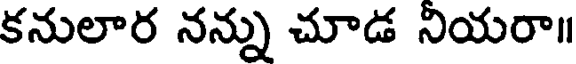
కనులార నన్ను చూడ నియరా॥